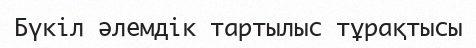
Бүкіл әлемдік тартылыс тұрақтысы